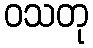
ဝသတု